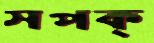
সপক্